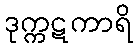
ဒုက္ကဋကာရိ